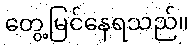
တွေ့မြင်နေရသည်။